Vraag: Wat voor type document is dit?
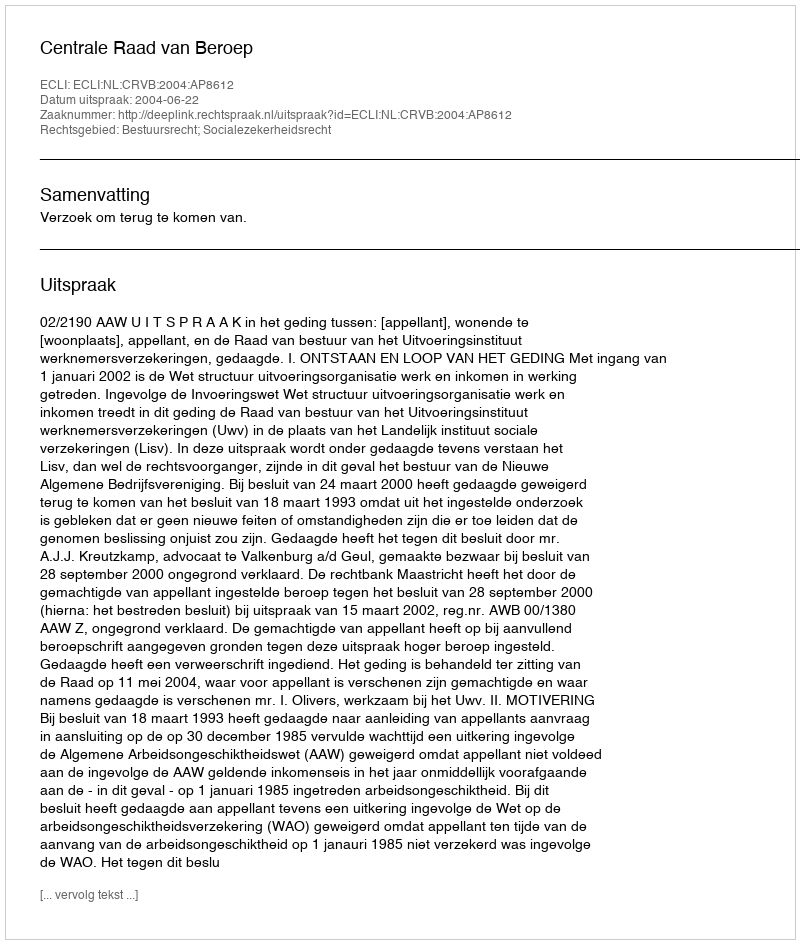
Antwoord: Uitspraak